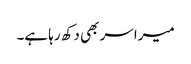
میرا سر بھی دکھ رہا ہے۔